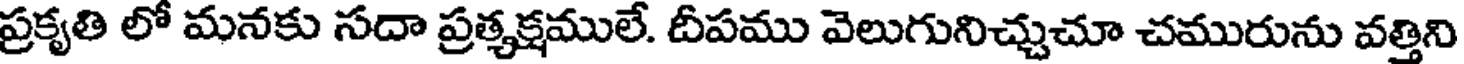
ప్రకృతి లో మనకు సదా ప్రత్యక్షములే. దీపము వెలుగునిచ్చుచూ చమురును వత్తిని